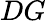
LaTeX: DG